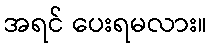
အရင် ပေးရမလား။